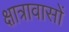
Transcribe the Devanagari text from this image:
क्षात्रावासों